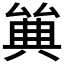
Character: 𠔩